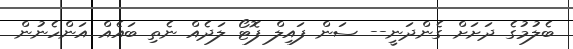
ބެލުމުގެ ދަށަށް ގެންދަނީ-- ސަން ފައިލް ފޮޓޯ ލަދެއް ނެތި ބައެއް އަންހެނުން